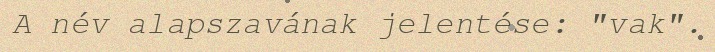
A név alapszavának jelentése: "vak".